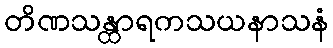
တိဏသန္ထာရကသယနာသနံ